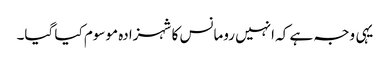
یہی وجہ ہے کہ انہیں رومانس کا شہزادہ موسوم کیا گیا۔